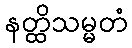
နတ္ထိသမ္မတံ